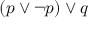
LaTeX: ( p \lor \neg p ) \lor q